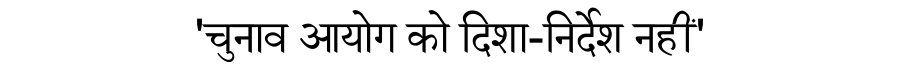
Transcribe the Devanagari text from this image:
'चुनाव आयोग को दिशा-निर्देश नहीं'